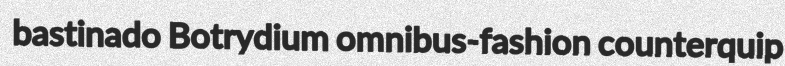
bastinado Botrydium omnibus-fashion counterquip